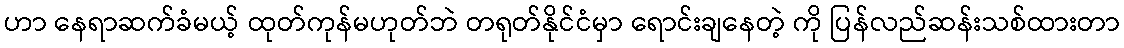
ဟာ နေရာဆက်ခံမယ့် ထုတ်ကုန်မဟုတ်ဘဲ တရုတ်နိုင်ငံမှာ ရောင်းချနေတဲ့ ကို ပြန်လည်ဆန်းသစ်ထားတာ